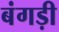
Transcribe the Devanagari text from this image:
बंगड़ी